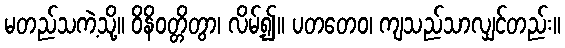
မတည်သကဲ့သို့။ ဝိနိဝတ္တိတွာ၊ လိမ့်၍။ ပတတေဝ၊ ကျသည်သာလျှင်တည်း။